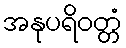
အနုပရိဝတ္တံ